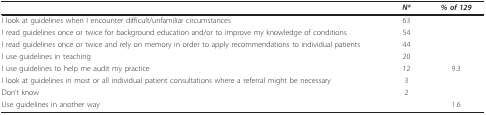
<table><thead><tr><td>[EMPTY_CELL]</td><td><b><i>N*</i></b></td><td><b><i>% of 129</i></b></td></tr></thead><tbody><tr><td>I look at guidelines when I encounter difficult/unfamiliar circumstances</td><td>63</td><td>[EMPTY_CELL]</td></tr><tr><td>I read guidelines once or twice for background education and/or to improve my knowledge of conditions</td><td>54</td><td>[EMPTY_CELL]</td></tr><tr><td>I read guidelines once or twice and rely on memory in order to apply recommendations to individual patients</td><td>44</td><td>[EMPTY_CELL]</td></tr><tr><td>I use guidelines in teaching</td><td>20</td><td>[EMPTY_CELL]</td></tr><tr><td>I use guidelines to help me audit my practice</td><td>12</td><td>9.3</td></tr><tr><td>I look at guidelines in most or all individual patient consultations where a referral might be necessary</td><td>3</td><td>[EMPTY_CELL]</td></tr><tr><td>Don't know</td><td>2</td><td>[EMPTY_CELL]</td></tr><tr><td>Use guidelines in another way</td><td>[EMPTY_CELL]</td><td>1.6</td></tr></tbody></table>